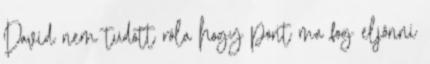
David nem tudott róla hogy pont ma fog eljönni